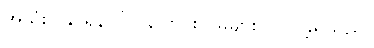
အသုံးပြုနိုင်ရန်ပြုပြင်ပြောင်းလဲမှုများပြုလုပ်ခဲ့ရသည်။